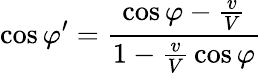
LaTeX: \cos\varphi^{\prime}={\frac{\cos\varphi-{\frac{v}{V}}}{1-{\frac{v}{V}}\cos\varphi}}